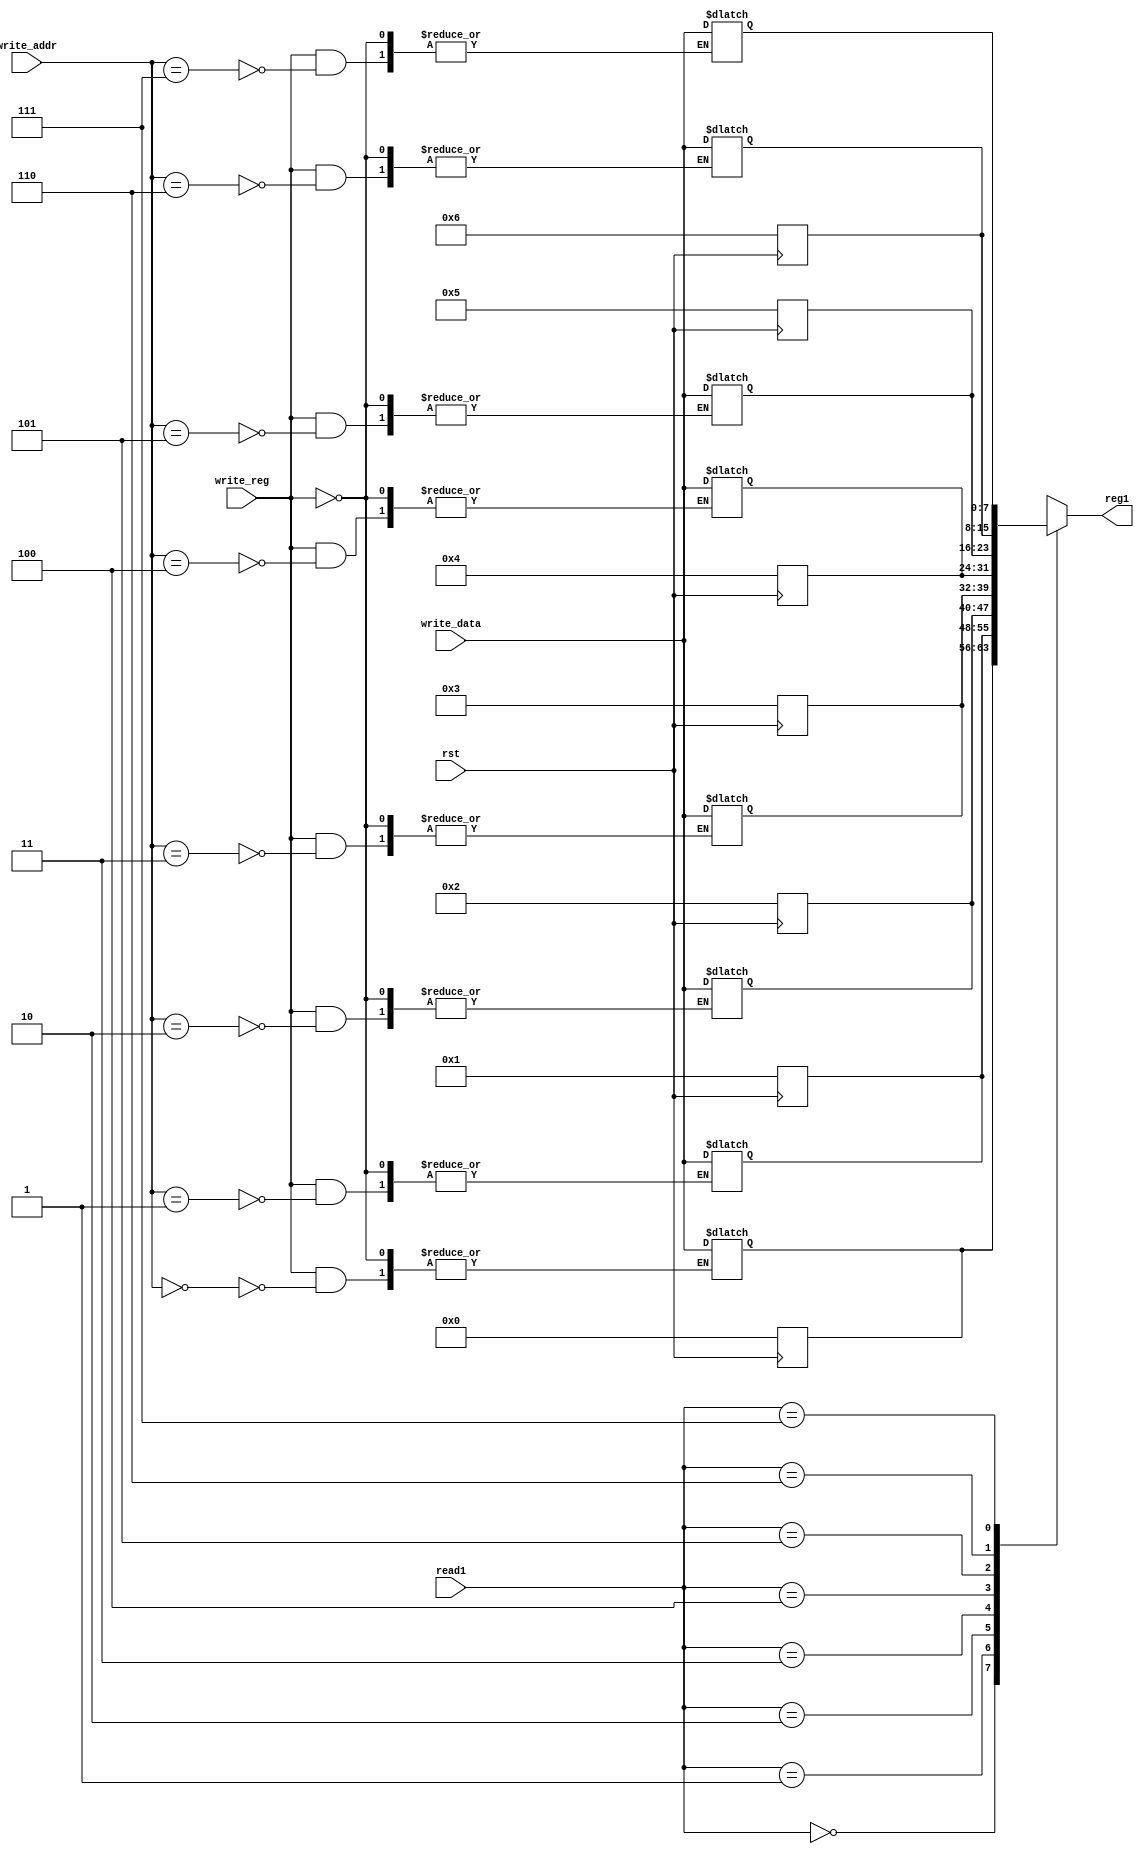
module reg_file(read1,write_data,write_reg,write_addr,rst,reg1);
  
  // a regfile of #8 , 8 bit registers
  input[2:0] read1,write_addr;  //write_addr is for the write address
  input[7:0] write_data; // the data to be written
  input write_reg;  // whether to write or not
  input rst;
  output reg [7:0] reg1;

  reg [7:0] reg_mem[7:0];    
  
  
  //decoding the address
  
  always@(*) // changed from assign statement to always. why did  it work?
  begin
    reg1= reg_mem[read1];           //reading
    if(write_reg ==1'b1)	   //writing
    	reg_mem[write_addr]<= write_data;  //working only with non blocking statements
  
  end
         
  always@(posedge rst)
    begin
    reg_mem[0]= 0;
    reg_mem[1]= 1;
    reg_mem[2]= 2;
    reg_mem[3]= 3;
    reg_mem[4]= 4;
    reg_mem[5]= 5;
    reg_mem[6]= 6; 

    end   
    
 endmodule